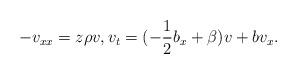
LaTeX: \begin{align*}-v_{xx}=z\rho v, v_t=(-\frac12 b_x+\beta)v+bv_x. \end{align*}